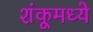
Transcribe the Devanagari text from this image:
शंकूमध्ये